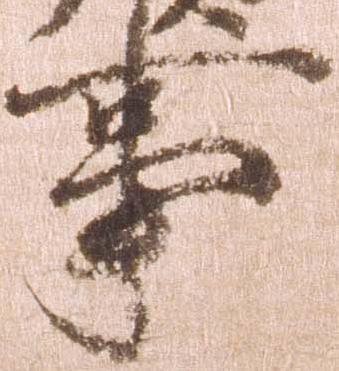
事